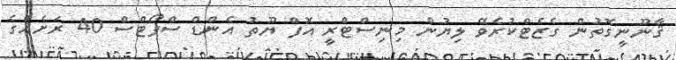
ޤާނޫނީގޮތުން ގެޒެޓްކުރެވޭ ލިޔުން މިނިސްޓްރީ އޮފް ޔޫތު އެންޑް ސްޕޯޓްސް 40 ރަށެއްގެ